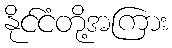
နိုင်ငံတို့အကြား